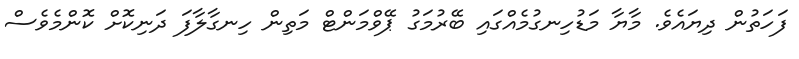
ފަހަތުން ދިޔައެވެ. މާޔާ މަޑުހިނގުމެއްގައި ބޭރުމަގު ޕޭވްމަންޓް މަތިން ހިނގާލާފަ ދަނިކޮށް ކޮންމެވެސް